Indian journal of veterinary science and animal husbandry - Volumes 18-21, 1948-1951
Year: 1948
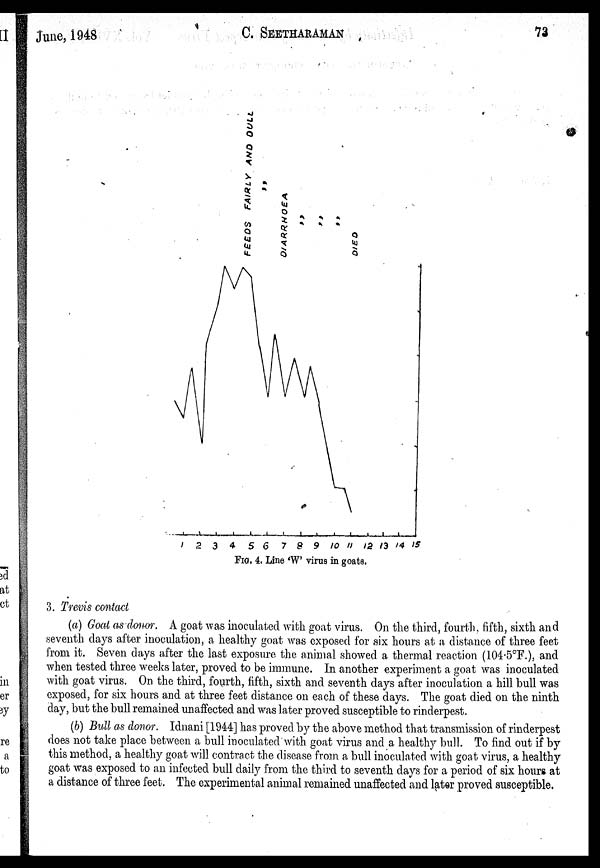
June, 1948
C.
SEETHARAMAN
73
FIG. 4. Line 'W' virus in goats.
3. Trevis contact
(a) Goat as donor. A goat was inoculated with goat virus. On the third, fourth , fifth, sixth and
seventh days after inoculation, a healthy goat was exposed for six hours at a distance of three feet
from it. Seven days after the last exposure the animal showed a thermal reaction (104.5°F.), and
when tested three weeks later, proved to be immune. In another experiment a goat was inoculated
with goat virus. On the third, fourth, fifth, sixth and seventh days after inoculation a hill bull was
exposed, for six hours and at three feet distance on each of these days. The goat died on the ninth
day, but the bull remained unaffected and was later proved susceptible to rinderpest.
(b) Bull as donor. Idnani [1944] has proved by the above method that transmission of rinderpest
does not take place between a bull inoculated with goat virus and a healthy bull. To find out if by
this method, a healthy goat will contract the disease from a bull inoculated with goat virus, a healthy
goat was exposed to an infected bull daily from the third to seventh days for a period of six hours at
a distance of three feet. The experimental animal remained unaffected and later proved susceptible.